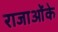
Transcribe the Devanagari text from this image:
राजाओंके